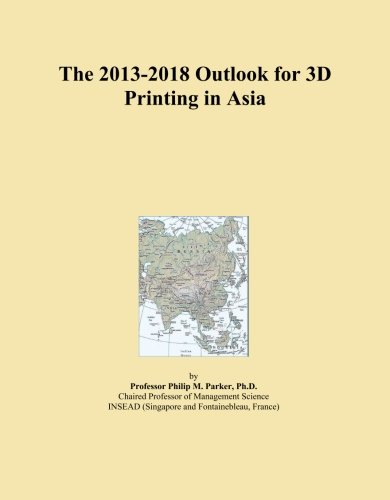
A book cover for The 2013-2018 Outlook for 3D Printing in Asia; Icon Group International; Computers & Technology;